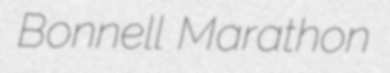
Bonnell Marathon